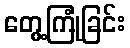
တွေ့ကြုံခြင်း